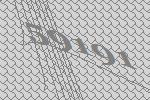
59191